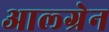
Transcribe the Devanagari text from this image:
आल्ग्रेन